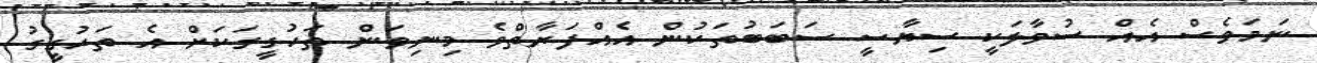
ނަމަވެސް އެއް ސުވާލަކީ ސިޔާސީ ސަބަބުތަކުން އެއްފަރާތްވެ މިނިވަން ތަހުގީގަކަށް އެ ތަހުގީގު